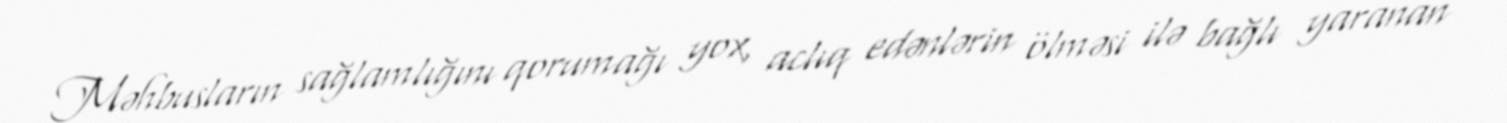
Məhbusların sağlamlığını qorumağı yox, aclıq edənlərin ölməsi ilə bağlı yaranan